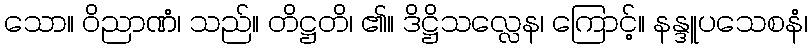
သော။ ဝိညာဏံ၊ သည်။ တိဋ္ဌတိ၊ ၏။ ဒိဋ္ဌိသလ္လေန၊ ကြောင့်။ နန္ဒူပသေစနံ၊